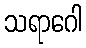
သရာဂေါ